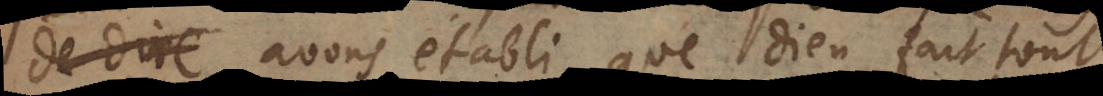
de dire avons établi que Dieu fait tout